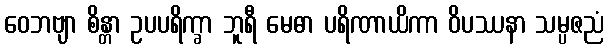
ဝေဘဗျာ စိန္တာ ဥပပရိက္ခာ ဘူရီ မေဓာ ပရိဏာယိကာ ဝိပဿနာ သမ္ပဇညံ